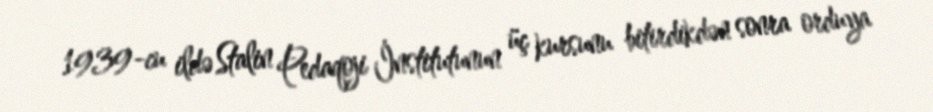
1939-cu ildə Stalin Pedaqoji İnstitutunun üç kursunu bitirdikdən sonra orduya